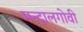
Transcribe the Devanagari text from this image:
मन्दालगोवी